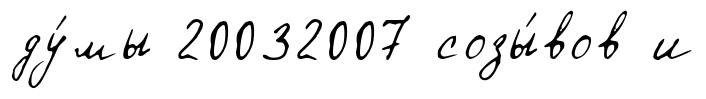
ду́мы 20032007 созы́вов и